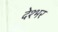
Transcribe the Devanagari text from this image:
देश्भर